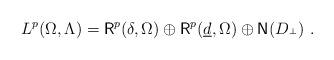
LaTeX: \begin{align*} L^p(\Omega,\Lambda)={\rm{\sf R}}^p(\delta,\Omega)\oplus{\rm{\sf R}}^p(\underline{d},\Omega)\oplus{\rm{\sf N}}(D_{{}^\bot})\ .\end{align*}